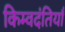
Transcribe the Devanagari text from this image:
किम्वदंतियाँ